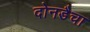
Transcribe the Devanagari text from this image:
दोनडैचा